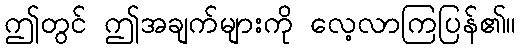
ဤတွင် ဤအချက်များကို လေ့လာကြပြန်၏။